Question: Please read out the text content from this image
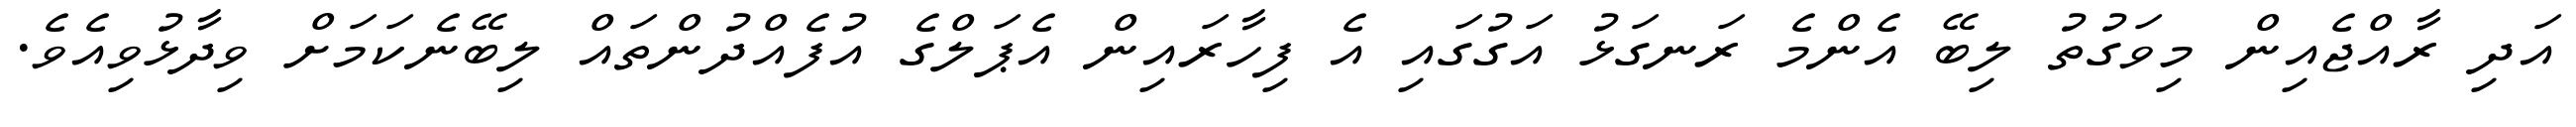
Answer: އަދި ރާއްޖެއިން މިވަގުތު ލިބޭ އެންމެ ރަނގަޅު އަގުގައި އެ ފިހާރައިން އެޕަލްގެ އުފެއްދުންތައް ލިބޭނެކަމަށް ވިދާޅުވިއެވެ.